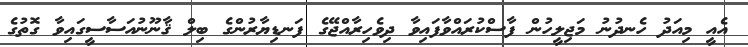
އެއީ މިއަދު ހެނދުނު މަޖިލީހުން ފާސްކުރައްވާފައިވާ ދިވެހިރާއްޖޭގެ ފަނޑިޔާރުންގެ ބިލް ޤާނޫނުއަސާސީގައިވާ ގޮތުގެ